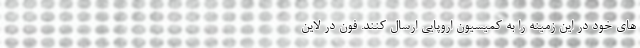
های خود در این زمینه را به کمیسیون اروپایی ارسال کنند. فون در لاین